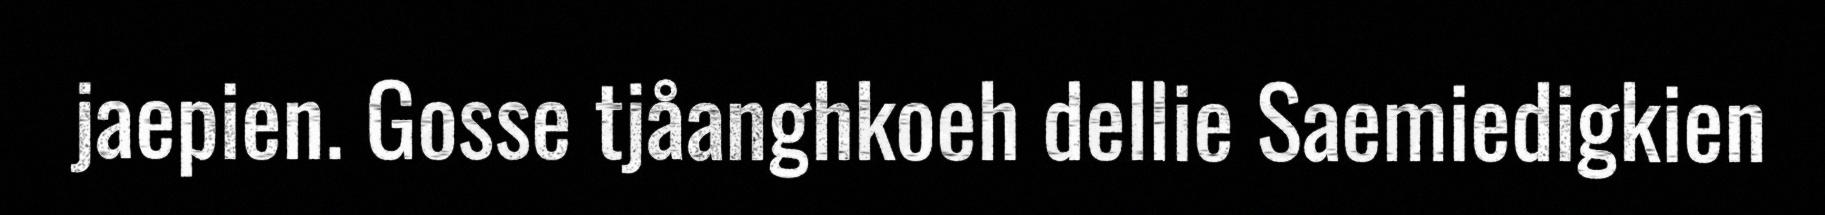
jaepien. Gosse tjåanghkoeh dellie Saemiedigkien